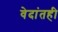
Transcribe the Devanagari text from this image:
वेदांतही